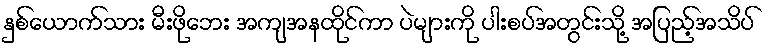
နှစ်ယောက်သား မီးဖိုဘေး အကျအနထိုင်ကာ ပဲများကို ပါးစပ်အတွင်းသို့ အပြည့်အသိပ်